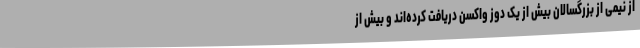
از نیمی از بزرگسالان بیش از یک دوز واکسن دریافت کرده‌اند و بیش از